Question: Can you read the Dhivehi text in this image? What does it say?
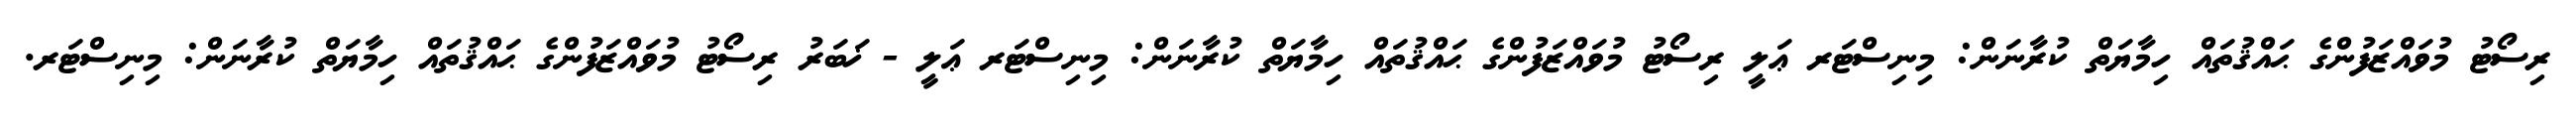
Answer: ރިސޯޓު މުވައްޒަފުންގެ ޙައްޤުތައް ހިމާޔަތް ކުރާނަން: މިނިސްޓަރ ޢަލީ ރިސޯޓު މުވައްޒަފުންގެ ޙައްޤުތައް ހިމާޔަތް ކުރާނަން: މިނިސްޓަރ ޢަލީ - ޚަބަރު ރިސޯޓު މުވައްޒަފުންގެ ޙައްޤުތައް ހިމާޔަތް ކުރާނަން: މިނިސްޓަރ.